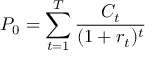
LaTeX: P _ { 0 } = \sum _ { t = 1 } ^ { T } { \frac { C _ { t } } { ( 1 + r _ { t } ) ^ { t } } }